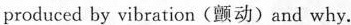
produced by vibration(颤动) and why.